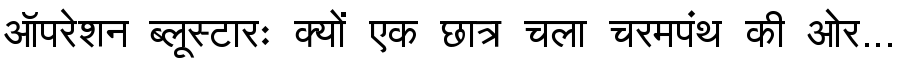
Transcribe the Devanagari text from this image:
ऑपरेशन ब्लूस्टारः क्यों एक छात्र चला चरमपंथ की ओर...